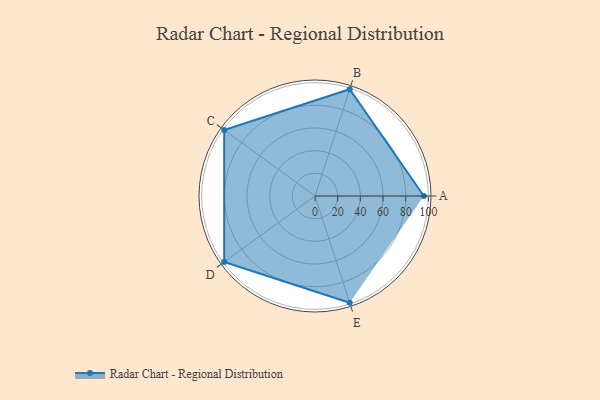
{"axis": {"x": "Skill", "y": "Score"}, "legend": ["Profile"], "data": [{"x": "A", "y": 96.0, "type": "Profile"}, {"x": "B", "y": 99.0, "type": "Profile"}, {"x": "C", "y": 99, "type": "Profile"}, {"x": "D", "y": 99, "type": "Profile"}, {"x": "E", "y": 99, "type": "Profile"}]}